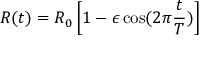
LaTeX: R ( t ) = R _ { 0 } \left[ 1 - \epsilon \cos ( 2 \pi \frac { t } { T } ) \right]